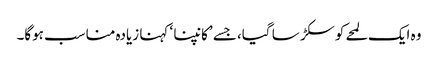
وہ ایک لمحے کو سکڑ سا گیا، جسے ’کانپنا ‘ کہنا زیادہ مناسب ہوگا۔